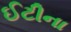
ઈટીના